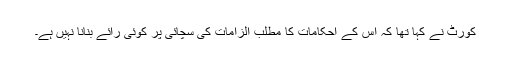
کورٹ نے کہا تھا کہ اس کے احکامات کا مطلب الزامات کی سچائی پر کوئی رائے بنانا نہیں ہے۔